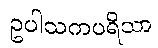
ဥပါသကပရိသာ